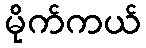
မိုက်ကယ်